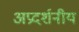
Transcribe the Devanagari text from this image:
अप्रदर्शनीय